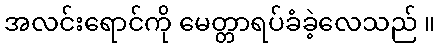
အလင်းရောင်ကို မေတ္တာရပ်ခံခဲ့လေသည် ။